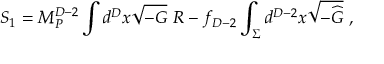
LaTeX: S _ { 1 } = M _ { P } ^ { D - 2 } \int d ^ { D } x \sqrt { - G } ~ R - f _ { D - 2 } \int _ { \Sigma } d ^ { D - 2 } x \sqrt { - { \widehat G } } ~ ,